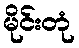
မိုင်းတုံ